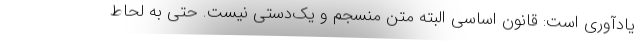
یادآوری است: قانون اساسی البته متن منسجم و یک‌دستی نیست. حتی به لحاط